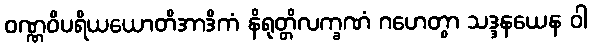
ဝဏ္ဏဝိပရိယယောတိအာဒိကံ နိရုတ္တိလက္ခဏံ ဂဟေတွာ သဒ္ဒနယေန ဝါ